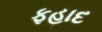
ફહાદ